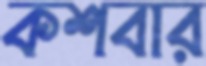
কশবার